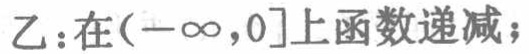
乙：在\((-\infty,0]\)上函数递减；